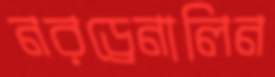
নরড্রেনালিন